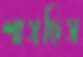
শাসছিস